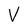
Character: V